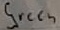
Text: Green